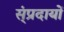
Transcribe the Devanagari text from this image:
स्ंप्रदायों